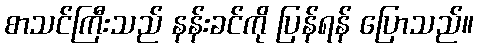
စာသင်ကြီးသည် နန်းခင်ကို ပြန်ရန် ပြောသည်။